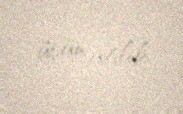
üçün atılıb.